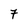
Character: 7